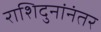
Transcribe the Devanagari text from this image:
राशिदुनांनंतर